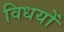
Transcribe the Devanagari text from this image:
विधयों